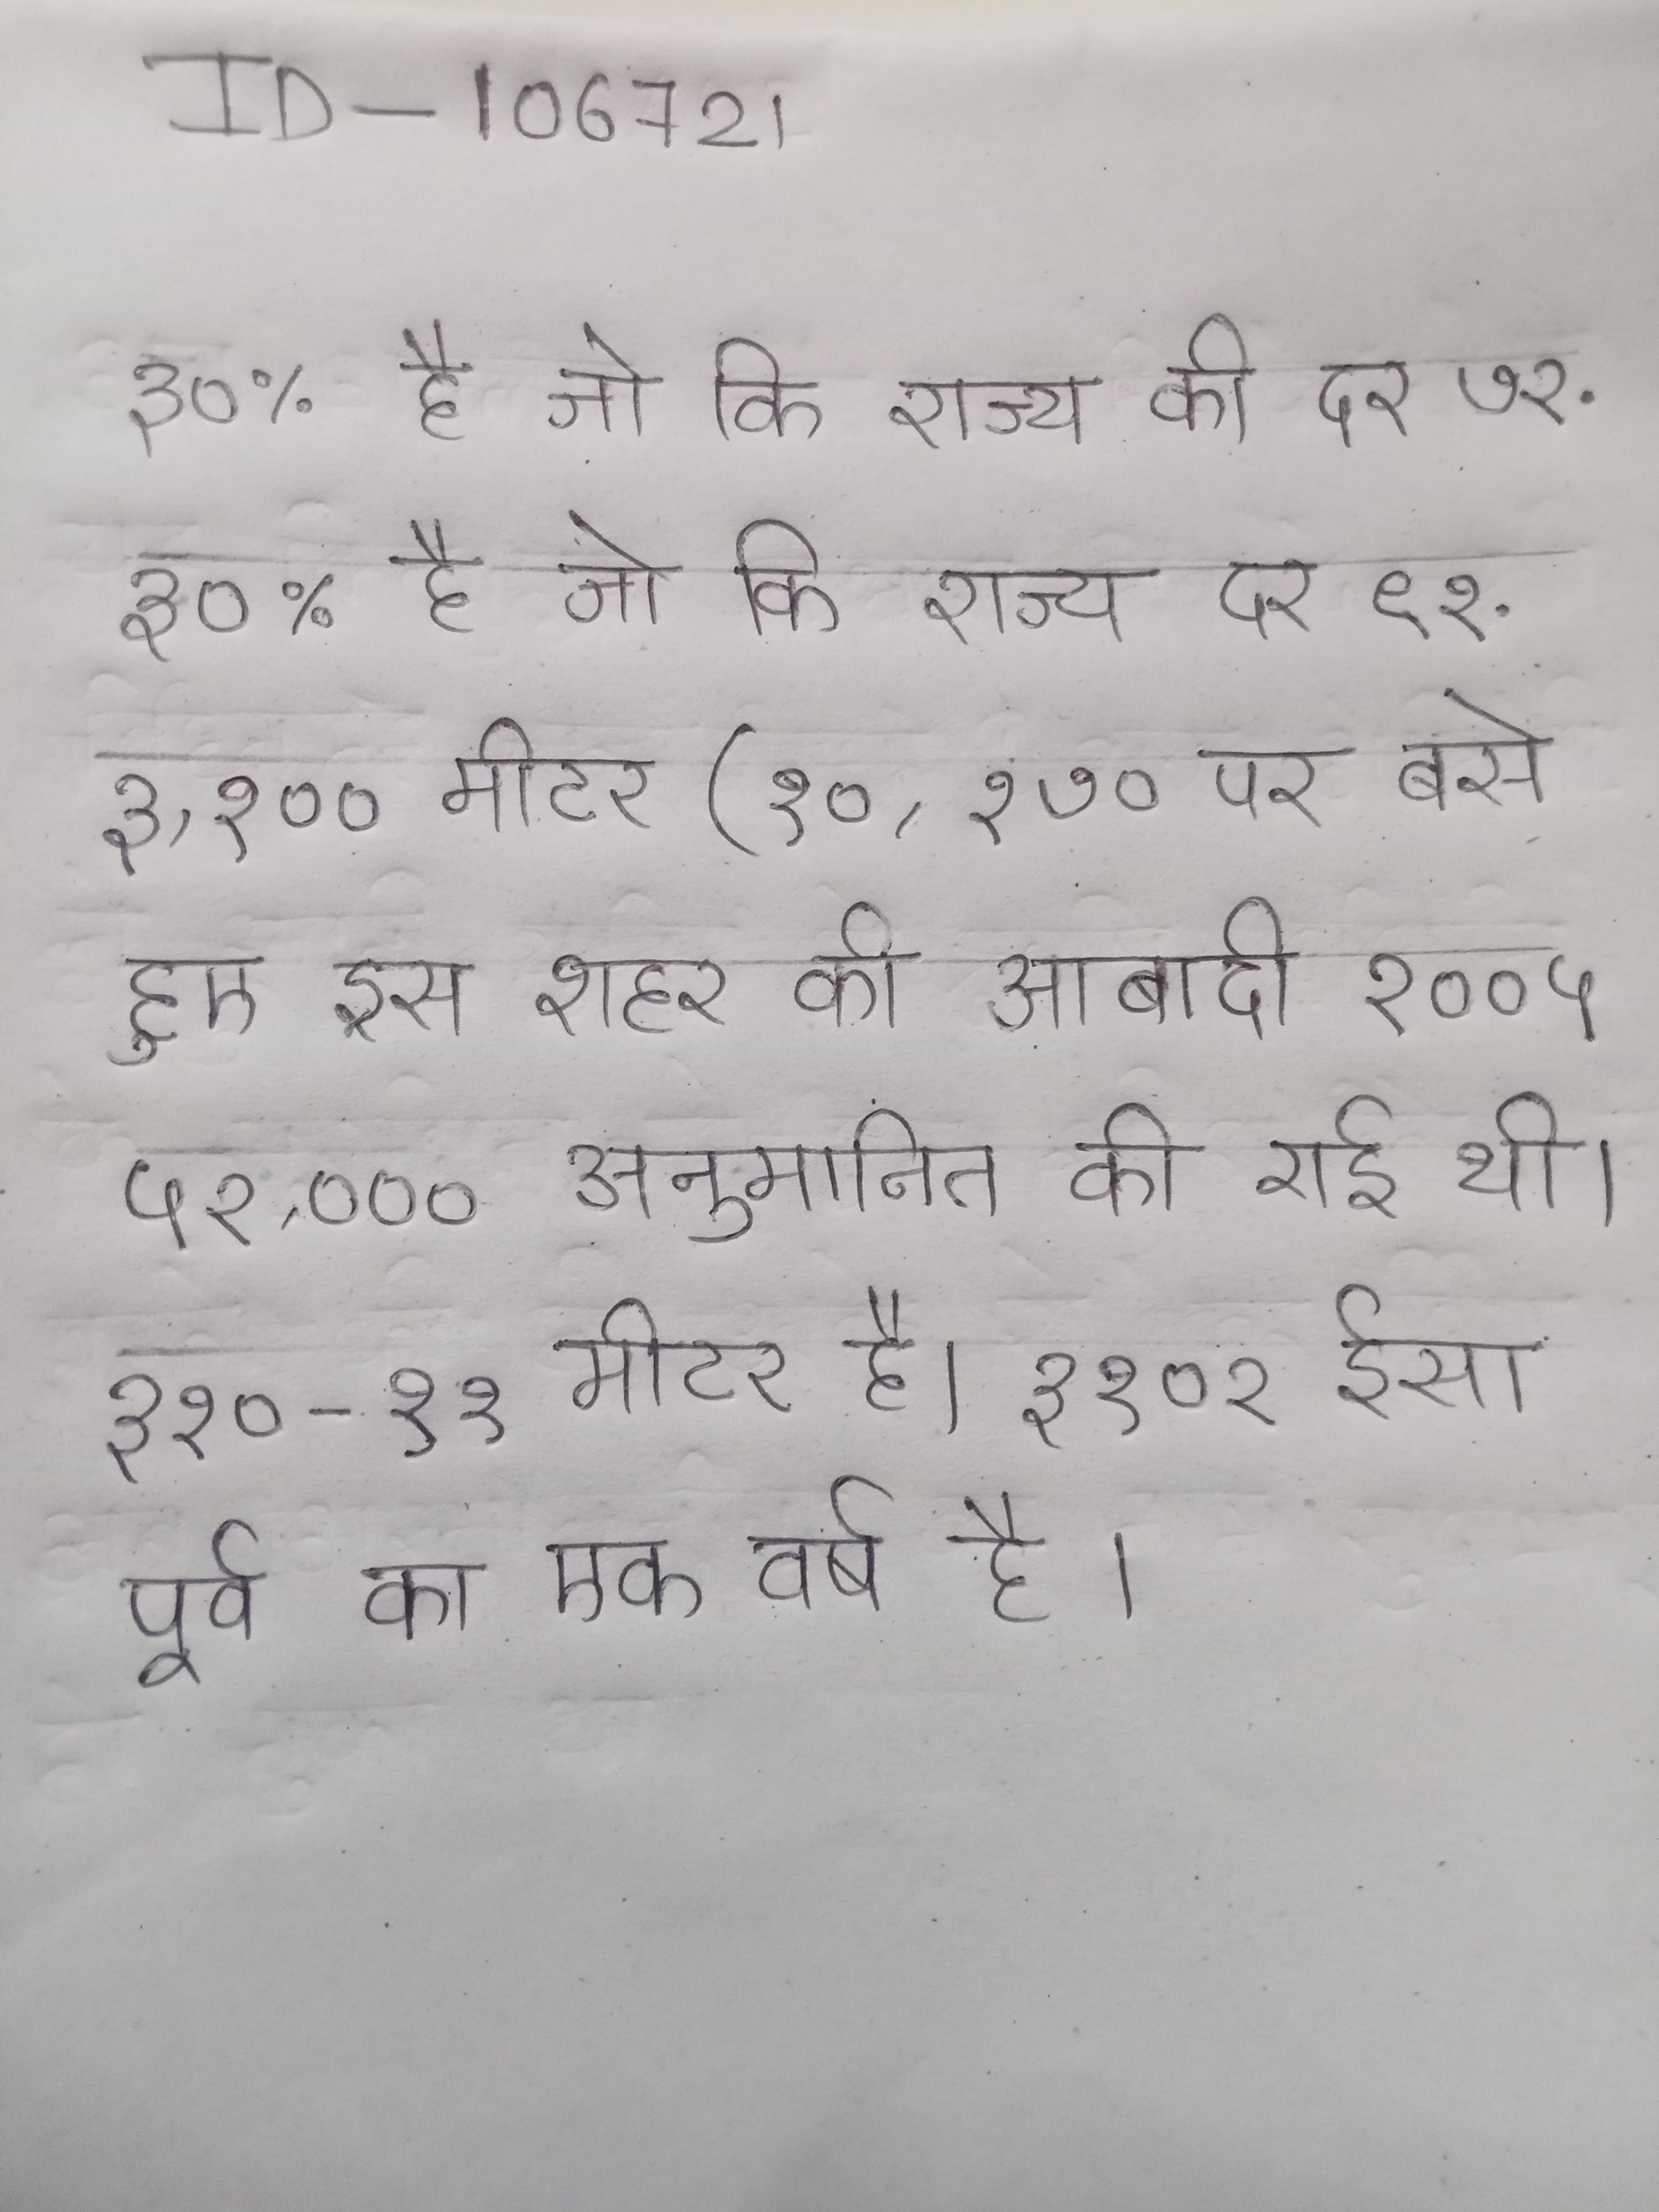
३०% है जो कि राज्य की दर ७२ . ३०% है जो कि राज्य दर ९१ . ३,१०० मीटर (१०,१७० पर बसे हुए इस शहर की आबादी २००५ ५२,००० अनुमानित की गई थी । ३ १० -११ मीटर है । ३१०२ ईसा पूर्व का एक वर्ष है ।